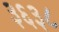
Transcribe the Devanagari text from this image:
३६३८